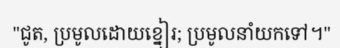
"ជូត, ប្រមូលដោយខ្នៀរ; ប្រមូលនាំយកទៅ។"